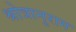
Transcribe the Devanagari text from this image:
श्रोत्रानुराग